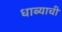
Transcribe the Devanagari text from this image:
धाब्याची